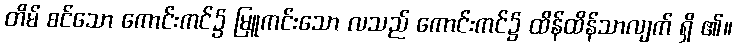
တိမ် စင်သော ကောင်းကင်၌ မြူကင်းသော လသည် ကောင်းကင်၌ ထိန်ထိန်သာလျက် ရှိ ၏။